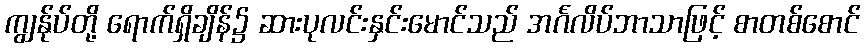
ကျွန်ုပ်တို့ ရောက်ရှိချိန်၌ ဆားပုလင်းနှင်းမောင်သည် အင်္ဂလိပ်ဘာသာဖြင့် စာတစ်စောင်